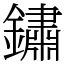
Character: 鏽